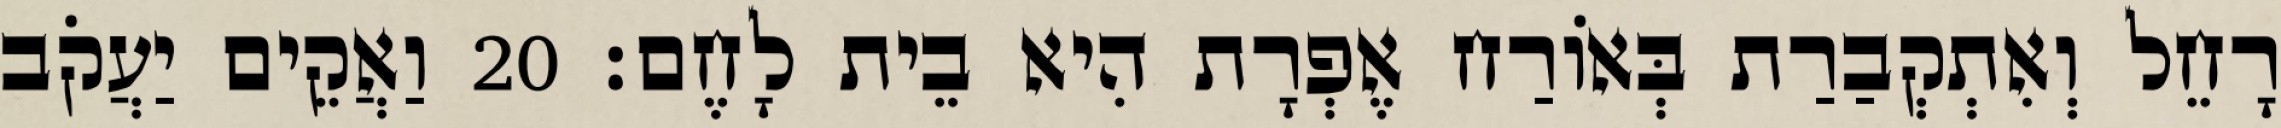
רָחֵל וְאִתְקְבַרַת בְּאוֹרַח אֶפְרָת הִיא בֵית לָחֶם׃ 20 וַאֲקֵים יַעֲקֹב